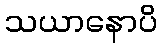
သယာနောပိ